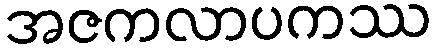
အဇကလာပကဿ